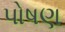
પોષણ